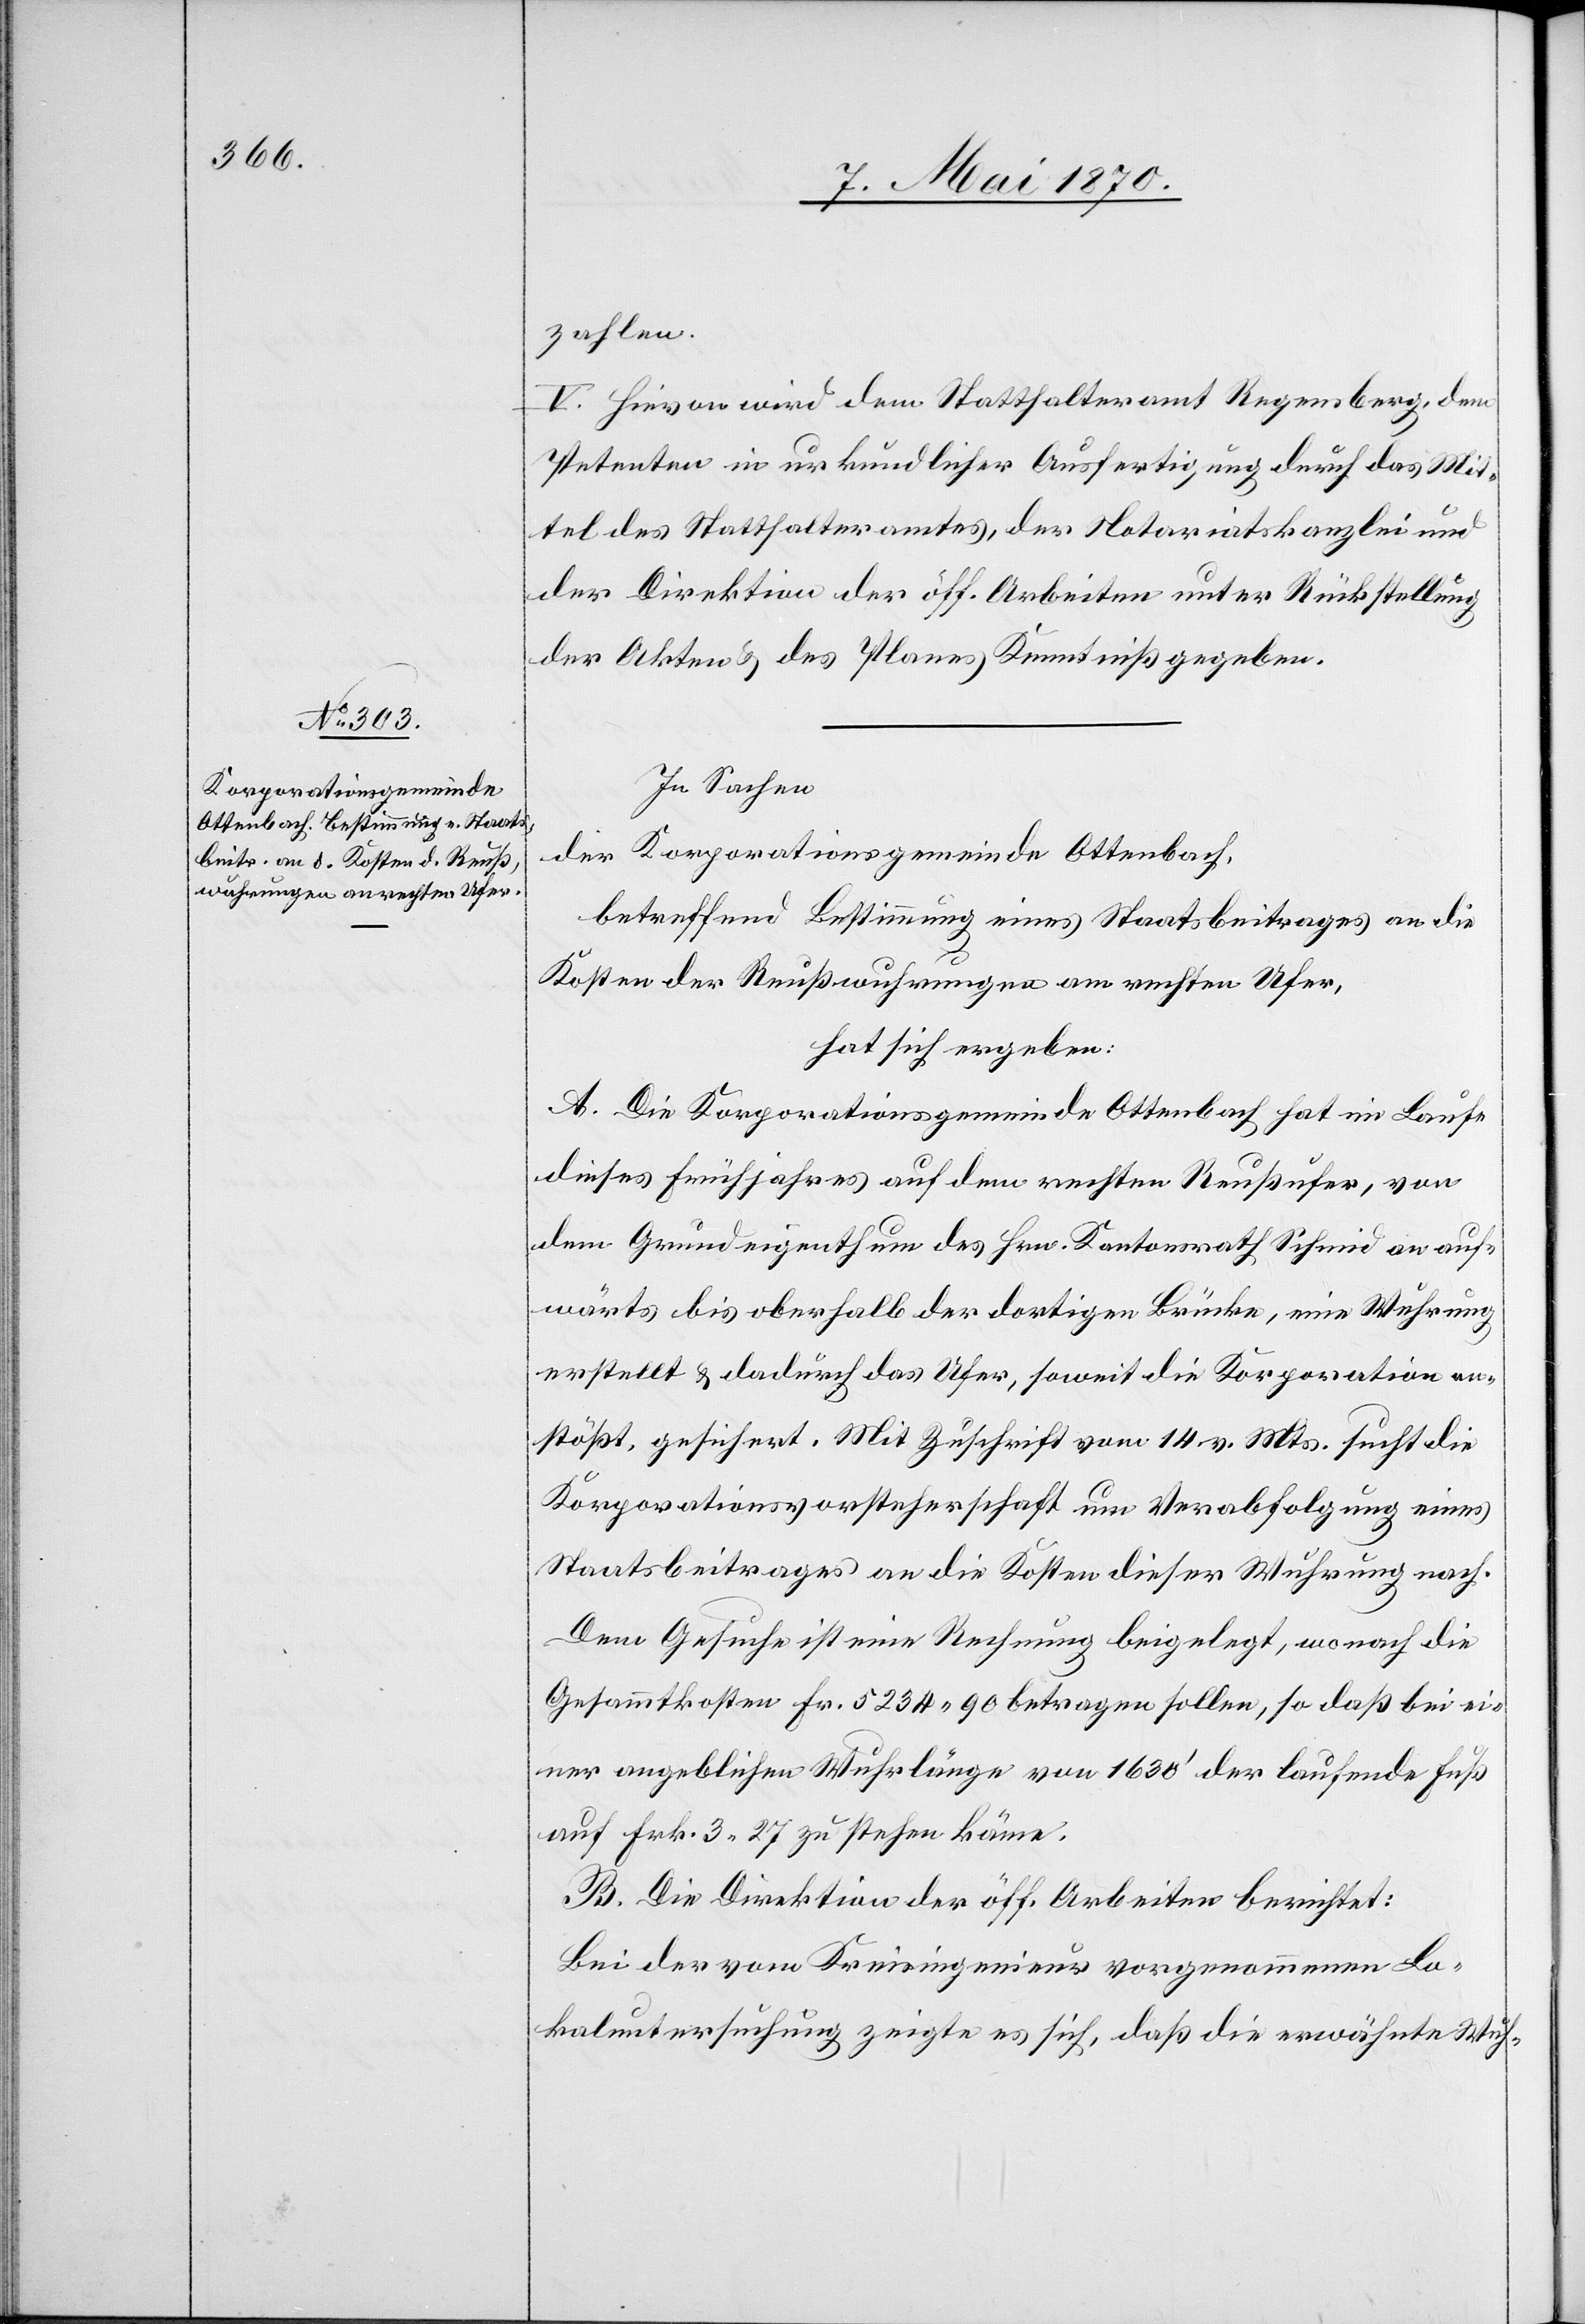
zahlen.
V. Hievon wird dem Statthalteramt Regensberg, dem
Petenten in urkundlicher Ausfertigung durch das Mit¬
tel des Statthalteramtes, der Notariatskanzlei und
der Direktion der öff. Arbeiten unter Rückstellung
der Akten & des Planes Kenntniß gegeben.
In Sachen
der Korporationsgemeinde Ottenbach,
betreffend Bestimmung eines Staatsbeitrages an die
Kosten der Reußwuhrungen am rechten Ufer,
hat sich ergeben:
A. Die Korporationsgemeinde Ottenbach hat im Laufe
dieses Jahres auf dem rechten Reußufer, von
dem Grundeigenthum des Hrn. Kantonsrath Schmid an auf¬
wärts bis oberhalb der dortigen Brücke, eine Wuhrung
erstellt & dadurch das Ufer, soweit die Korporation an¬
stößt, gesichert. Mit Zuschrift vom 14. v. Mts. sucht die
Korporationsvorsteherschaft um Verabfolgung eines
Staatsbeitrages an die Kosten dieser Wuhrung nach.
Dem Gesuche ist eine Rechnung beigelegt, wonach die
Gesammtkosten Fr. 5234.90 betragen sollen, so daß bei ei¬
ner angeblichen Wuhrlänge von 1630‘ der laufende Fuß
auf Frk. .27 zu stehen käme.
B. Die Direktion der öff. Arbeiten berichtet:
Bei der vom Kreisingenieur vorgenommenen Lo¬
kaluntersuchung zeigte es sich, daß die erwähnte Wuh-